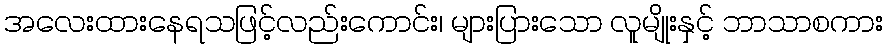
အလေးထားနေရသဖြင့်လည်းကောင်း၊ များပြားသော လူမျိုးနှင့် ဘာသာစကား